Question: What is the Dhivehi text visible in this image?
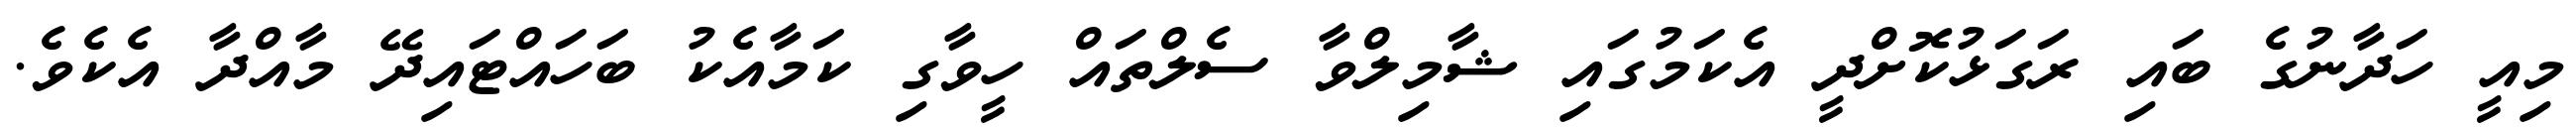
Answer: މިއީ ހަދާނުގެ ބައި ރަގަޅުކޮށްދީ އެކަމުގައި ޝާމިލްވާ ސެލްތައް ހީވާގި ކަމާއެކު ބަހައްޓައިދޭ މާއްދާ އެކެވެ.